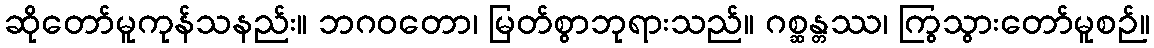
ဆိုတော်မူကုန်သနည်း။ ဘဂဝတော၊ မြတ်စွာဘုရားသည်။ ဂစ္ဆန္တဿ၊ ကြွသွားတော်မူစဉ်။